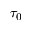
\tau _ { 0 }